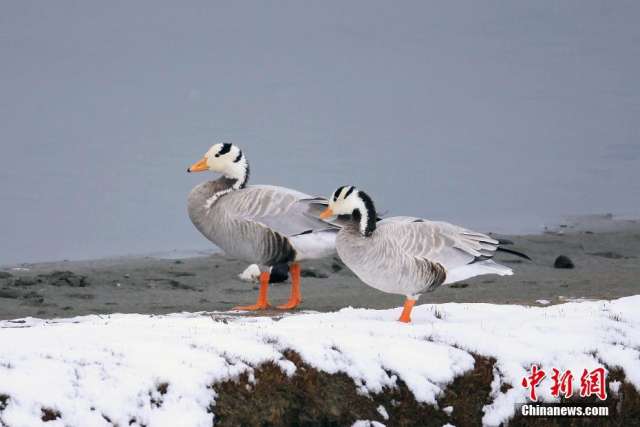
江水侵云影，鸿雁欲南飞。